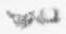
一